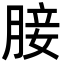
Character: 𮌟